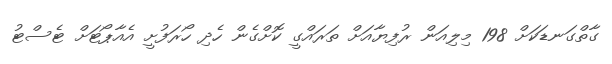
ގާތްގަނޑަކަށް 198 މިލިއަން ރުފިޔާއަށް ތަރައްގީ ކޮށްގެން ހެދި ހޯރަފުށީ އެއާޕޯޓަށް ޓެސްޓު